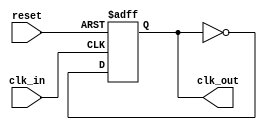
module clock_generation (
    input wire reset,
    input wire clk_in,
    output wire clk_out
);

  always @ (posedge clk_in or posedge reset) begin
    if (reset) begin
      clk_out <= 1'b0;
    end else begin
      clk_out <= ~clk_out;
    end
  end
  
endmodule